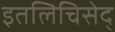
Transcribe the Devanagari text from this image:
इतलिचिसेद्